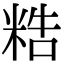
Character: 𥺊